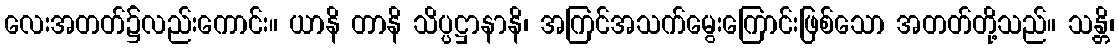
လေးအတတ်၌လည်းကောင်း။ ယာနိ တာနိ သိပ္ပဋ္ဌာနာနိ၊ အကြင်အသက်မွေးကြောင်းဖြစ်သော အတတ်တို့သည်။ သန္တိ၊